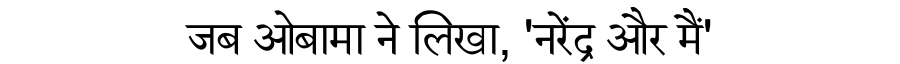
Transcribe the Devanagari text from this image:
जब ओबामा ने लिखा, 'नरेंद्र और मैं'